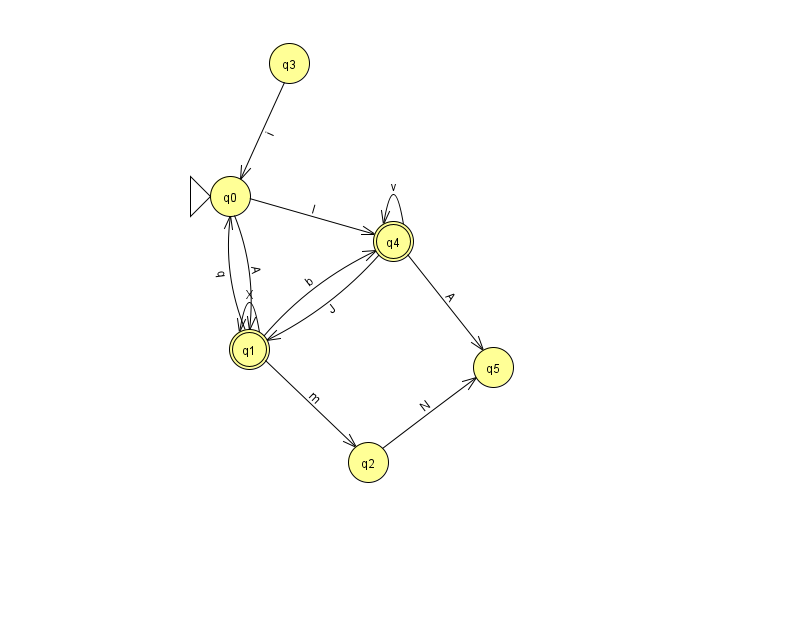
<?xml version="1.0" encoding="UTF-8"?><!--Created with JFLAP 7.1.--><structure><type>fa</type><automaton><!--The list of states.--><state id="0" name="q0"><x>230.0</x><y>183.0</y><initial/></state><state id="1" name="q1"><x>249.0</x><y>336.0</y><final/></state><state id="2" name="q2"><x>368.0</x><y>449.0</y></state><state id="3" name="q3"><x>289.0</x><y>50.0</y></state><state id="4" name="q4"><x>393.0</x><y>228.0</y><final/></state><state id="5" name="q5"><x>493.0</x><y>354.0</y></state><!--The list of transitions.--><transition><from>0</from><to>4</to><read>I</read></transition><transition><from>1</from><to>2</to><read>m</read></transition><transition><from>1</from><to>4</to><read>b</read></transition><transition><from>4</from><to>4</to><read>v</read></transition><transition><from>1</from><to>1</to><read>X</read></transition><transition><from>3</from><to>0</to><read>i</read></transition><transition><from>4</from><to>5</to><read>A</read></transition><transition><from>2</from><to>5</to><read>N</read></transition><transition><from>4</from><to>1</to><read>J</read></transition><transition><from>0</from><to>1</to><read>A</read></transition><transition><from>1</from><to>0</to><read>q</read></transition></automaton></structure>